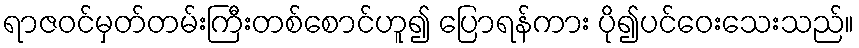
ရာဇဝင်မှတ်တမ်းကြီးတစ်စောင်ဟူ၍ ပြောရန်ကား ပို၍ပင်ဝေးသေးသည်။